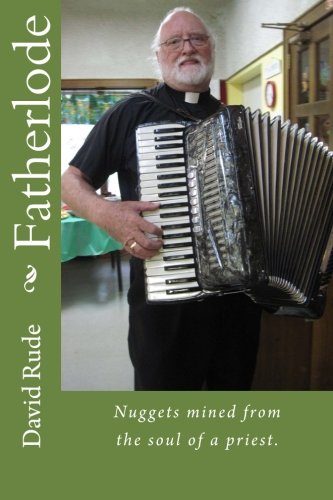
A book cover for Fatherlode: Nuggets mined from the soul of a priest.; Rev. David B Rude; Humor & Entertainment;